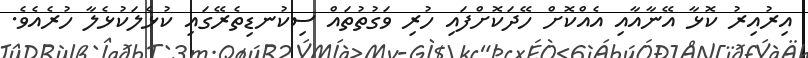
އިރުއިރު ކޮޅާ އޭނާއާއި އެއްކޮށް ހޭދަކޮށްފައި ހުރި ވަގުތުތައް ސިކުނޑިތެރޭގައި ކުޅެލަކުޅެލާ ހުރެއެވެ.